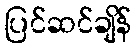
ပြင်ဆင်ချိန်